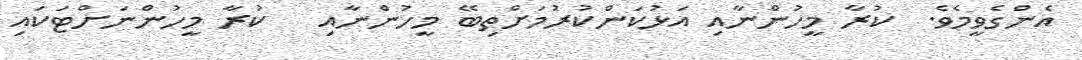
އެންގެވީމެވެ.  ކުރާ މީހުންނާއި އަޅުކަންކުރުމަށްތިބޭ މީހުންނާއި   ކުރާ މީހުންނަށްޓަކައި